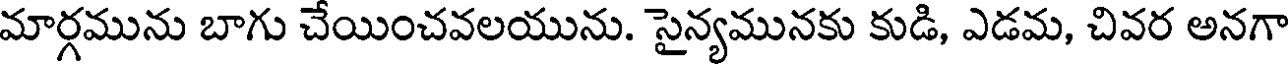
మార్గమును బాగు చేయించవలయును. సైన్యమునకు కుడి, ఎడమ, చివర అనగా